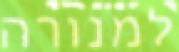
למנורה